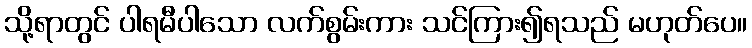
သို့ရာတွင် ပါရမီပါသော လက်စွမ်းကား သင်ကြား၍ရသည် မဟုတ်ပေ။